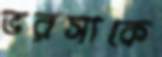
ভরসাকে